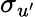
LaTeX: \sigma_{u^{\prime}}